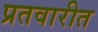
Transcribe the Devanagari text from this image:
प्रतवारीत